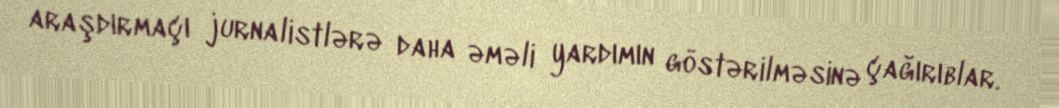
araşdırmaçı jurnalistlərə daha əməli yardımın göstərilməsinə çağırıblar.